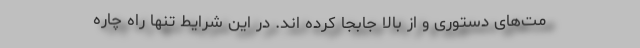
مت‌های دستوری و از بالا جابجا کرده اند. در این شرایط تنها راه چاره